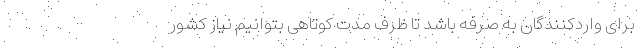
برای واردکنندگان به صرفه باشد تا ظرف مدت کوتاهی بتوانیم نیاز کشور